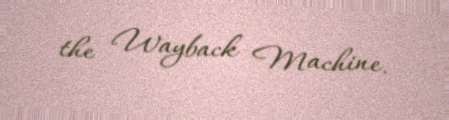
the Wayback Machine.